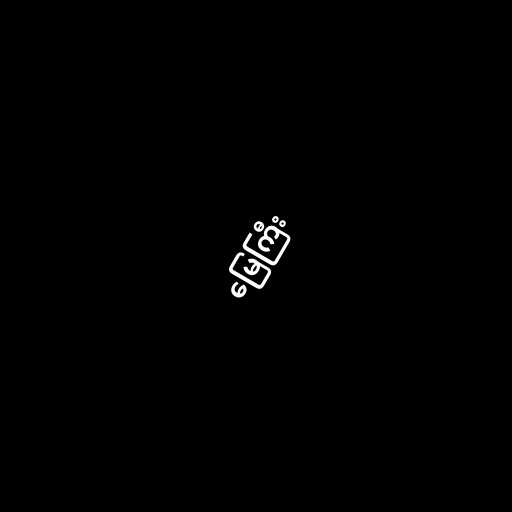
မြေကြီး